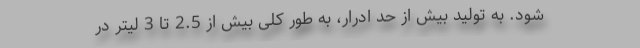
شود. به تولید بیش از حد ادرار، به طور کلی بیش از 2.5 تا 3 لیتر در